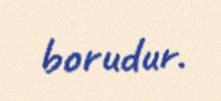
borudur.